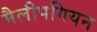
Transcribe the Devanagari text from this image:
मैलीपगियन